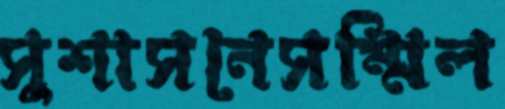
সুশাসনেসম্মিল